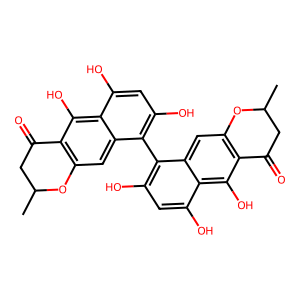
SMILES: CC1CC(=O)c2c(cc3c(-c4c(O)cc(O)c5c(O)c6c(cc45)OC(C)CC6=O)c(O)cc(O)c3c2O)O1
Inhibits HIV replication: No